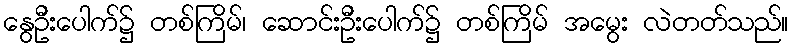
နွေဦးပေါက်၌ တစ်ကြိမ်၊ ဆောင်းဦးပေါက်၌ တစ်ကြိမ် အမွေး လဲတတ်သည်။